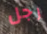
رجل